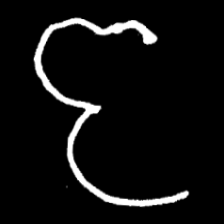
Pyu character \u2014 Myanmar letter: ဇ (romanized: ja)